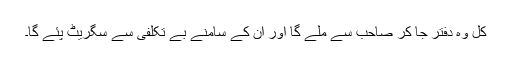
کل وہ دفتر جا کر صاحب سے ملے گا اور ان کے سامنے بے تکلفی سے سگریٹ پئے گا۔